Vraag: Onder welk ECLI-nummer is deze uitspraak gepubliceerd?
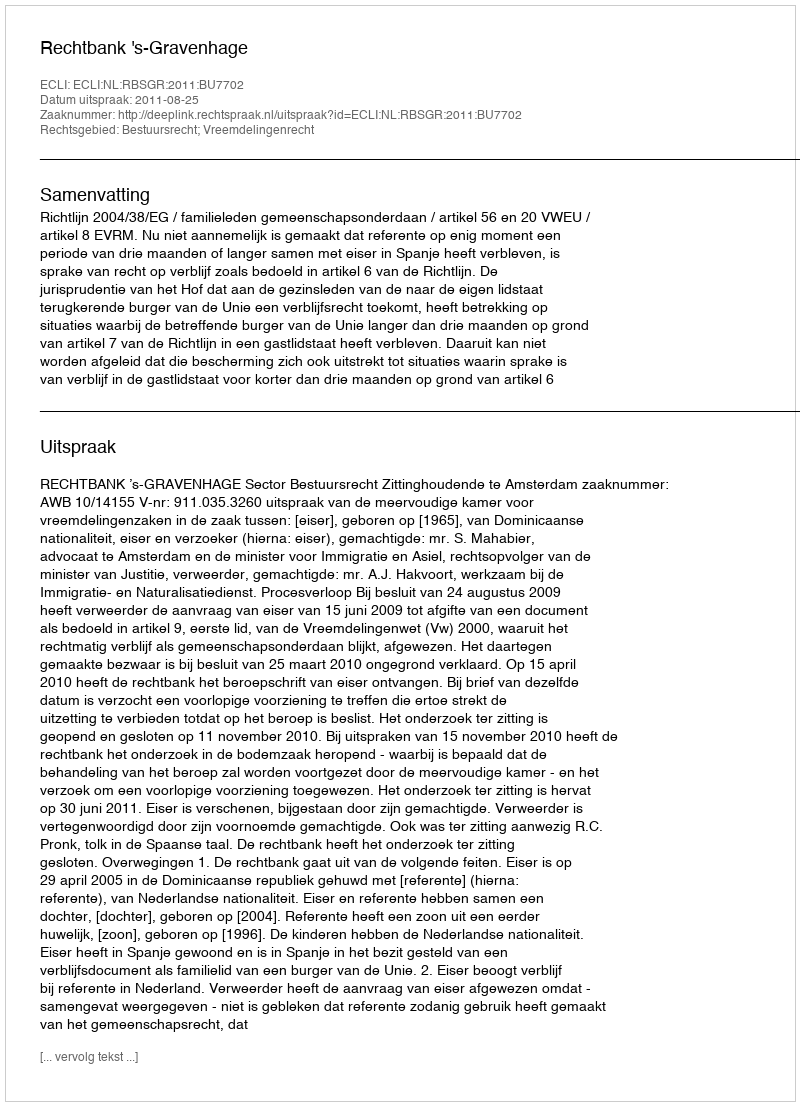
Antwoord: ECLI:NL:RBSGR:2011:BU7702